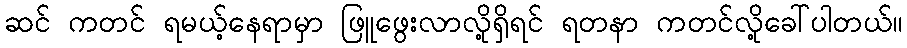
ဆင် ကတင် ရမယ့်နေရာမှာ ဖြူဖွေးလာလို့ရှိရင် ရတနာ ကတင်လို့ခေါ်ပါတယ်။